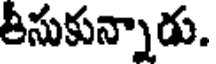
తీసుకున్నాడు.